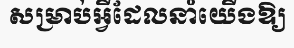
សម្រាប់អ្វីដែលនាំយើងឱ្យ